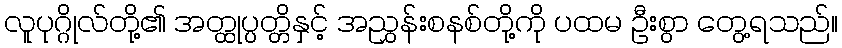
လူပုဂ္ဂိုလ်တို့၏ အတ္ထုပ္ပတ္တိနှင့် အညွှန်းစနစ်တို့ကို ပထမ ဦးစွာ တွေ့ရသည်။